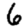
Digit: 6